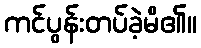
ကင်ပွန်းတပ်ခဲ့မိ၏။